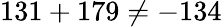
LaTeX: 131+179\neq-134